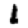
Digit: 1